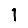
Digit: 1